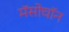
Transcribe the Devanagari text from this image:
मॅसोचॉन